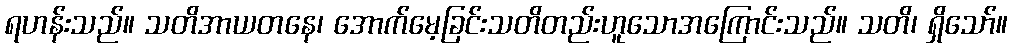
ရဟန်းသည်။ သတိအာယတနေ၊ အောက်မေ့ခြင်းသတိတည်းဟူသောအကြောင်းသည်။ သတိ၊ ရှိသော်။